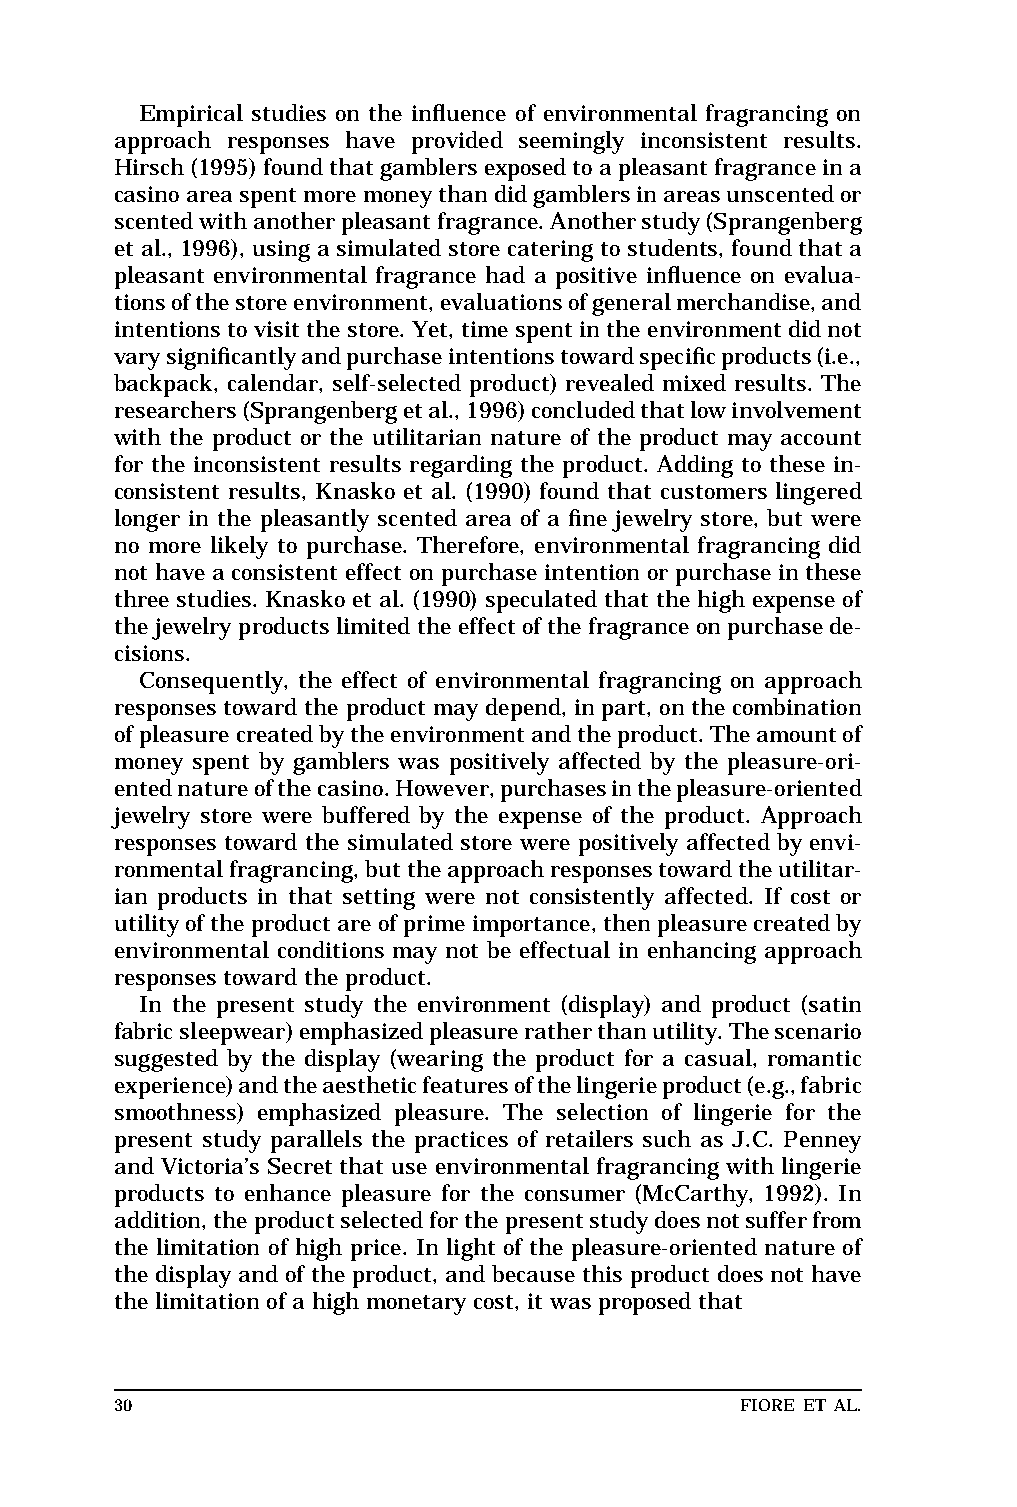
MAR  WILEJ                       LEFT       BATCH
 Top of text
 Empirical studies on the influence of environmental fragrancing on Base of text
 approach responses have provided seemingly inconsistent results.
 Hirsch(1995)foundthatgamblersexposedtoapleasantfragranceina
 casinoareaspentmoremoneythandidgamblersinareasunscentedor
 scentedwithanotherpleasantfragrance.Anotherstudy(Sprangenberg
 et al., 1996), using a simulated store catering to students, found thata
 pleasant environmental fragrance had a positive influence on evalua-
 tionsofthestoreenvironment,evaluationsofgeneralmerchandise,and
 intentions to visit the store. Yet,timespentintheenvironmentdidnot
 varysignificantlyandpurchaseintentionstowardspecificproducts(i.e.,
 backpack, calendar, self-selected product) revealed mixed results. The
 researchers(Sprangenbergetal.,1996)concludedthatlowinvolvement
 with the product or the utilitarian nature of the product may account
 for the inconsistent results regarding the product. Adding to these in-
 consistent results, Knasko et al. (1990) found that customers lingered
 longer in the pleasantly scented area of a fine jewelry store, but were
 no more likely to purchase. Therefore, environmental fragrancing did
 not have a consistent effect on purchase intention or purchase in these
 three studies. Knasko et al. (1990) speculated that the high expense of
 the jewelry products limited the effect of the fragrance onpurchasede-
 cisions.
 Consequently, the effect of environmental fragrancing on approach
 responses toward the product may depend, in part, on the combination
 ofpleasurecreatedbytheenvironmentandtheproduct.Theamountof
 money spent by gamblers was positively affected by the pleasure-ori-
 entednatureofthecasino.However,purchasesinthepleasure-oriented
 jewelry store were buffered by the expense of the product. Approach
 responses toward the simulated store were positively affected by envi-
 ronmentalfragrancing,buttheapproachresponsestowardtheutilitar-
 ian products in that setting were not consistently affected. If cost or
 utilityoftheproductareofprimeimportance,thenpleasurecreatedby
 environmental conditions may not be effectual in enhancing approach
 responses toward the product.
 In the present study the environment (display) and product (satin
 fabricsleepwear)emphasizedpleasureratherthanutility.Thescenario
 suggested by the display (wearing the product for a casual, romantic
 experience)andtheaestheticfeaturesofthelingerieproduct(e.g.,fabric
 smoothness) emphasized pleasure. The selection of lingerie for the
 present study parallels the practices of retailers such as J.C. Penney
 and Victoria’s Secret that use environmental fragrancing with lingerie
 products to enhance pleasure for the consumer (McCarthy, 1992). In
 addition,theproductselectedforthepresentstudydoesnotsufferfrom
 the limitation of high price. In light of the pleasure-oriented nature of
 the display and of the product, and because this product does not have
 the limitation of a high monetary cost, it was proposed that    short
 standard
 30                                        FIORE ET AL.          Base of RF